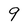
Character: 9